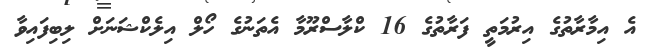
އެ އިމާރާތުގެ އިރުމަތީ ފަރާތުގެ 16 ކްލާސްރޫމާ އެތަނުގެ ހޯލް އިލެކްޝަނަށް ލިބިފައިވާ